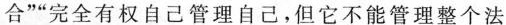
合””完全有权自己管理自己，但它不能管理整个法